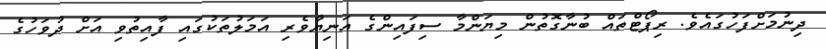
ދިނުމަށްފަހުގައެވެ. ރިޕޯޓްތައް ބުނާގޮތުން މިޔަންމާ ސިފައިންގެ އަނިޔާވެރި އަމަލުތަކުގައި ފާއިތުވި އަށް ދުވަހުގެ